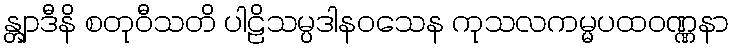
န္တျာဒီနိ စတုဝီသတိ ပါဠိသမ္ပဒါနဝသေန ကုသလကမ္မပထဝဏ္ဏနာ